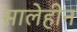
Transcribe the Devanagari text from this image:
सालेहीन